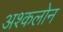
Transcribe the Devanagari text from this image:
अश्कलोन